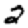
Digit: 2